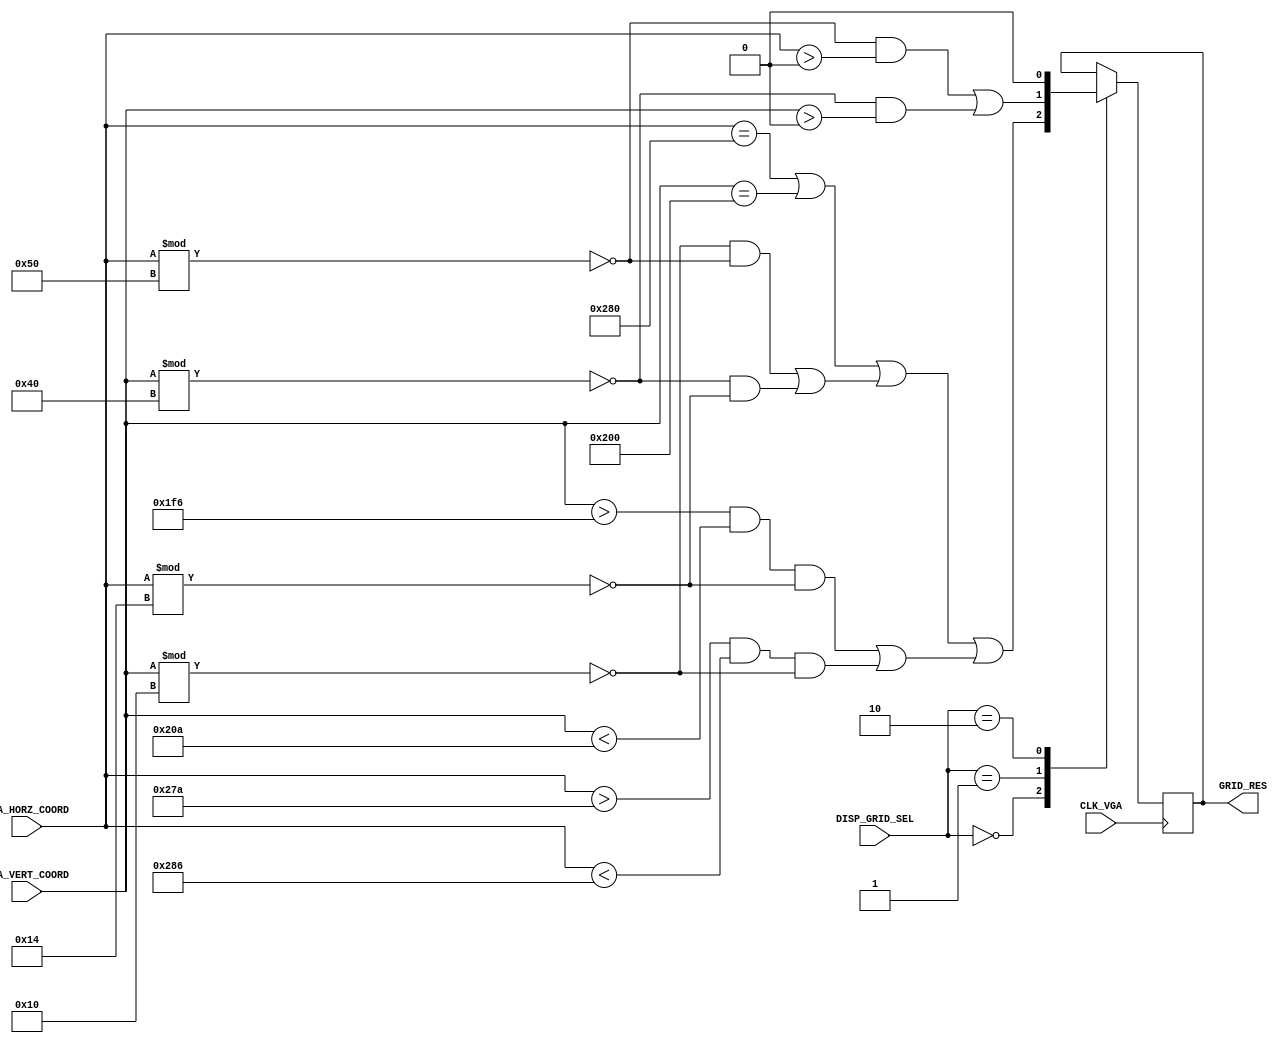
`timescale 1ns / 1ps
//////////////////////////////////////////////////////////////////////////////////
// Company: 
// Engineer: 
// 
// Design Name: 
// Module Name: Grid_Mux
// Project Name: 
// Target Devices: 
// Tool Versions: 
// Description: 
// 
// Dependencies: 
// 
// Revision:
// Revision 0.01 - File Created
// Additional Comments:
// 
//////////////////////////////////////////////////////////////////////////////////

module Grid_Mux(
    input CLK_VGA,                            
    input [11:0] VGA_HORZ_COORD,
    input [11:0] VGA_VERT_COORD,
    input [1:0] DISP_GRID_SEL,
    output reg GRID_RES = 0
    );
    
    parameter DOTS = 0;
    parameter LINE = 1;
    parameter OFF = 2;
    
    wire axes = (VGA_HORZ_COORD == 640) || (VGA_VERT_COORD == 512);
    wire dots = ((VGA_VERT_COORD % 16 == 0) && (VGA_HORZ_COORD % 80 == 0)) || 
        ((VGA_VERT_COORD % 64 == 0) && (VGA_HORZ_COORD % 20 == 0));
    wire ticks = (VGA_VERT_COORD > 502 &&  VGA_VERT_COORD < 522 && (VGA_HORZ_COORD % 20 == 0)) || 
        (VGA_HORZ_COORD > 634 && VGA_HORZ_COORD < 646 && (VGA_VERT_COORD % 16 == 0));
    wire lines = ((VGA_HORZ_COORD % 80 == 0) && (VGA_HORZ_COORD > 0)) || 
        ((VGA_VERT_COORD % 64 == 0) && (VGA_VERT_COORD > 0));
    
    wire dots_res = axes || dots || ticks;
    
    always @ (posedge CLK_VGA) begin
        case (DISP_GRID_SEL)
            DOTS: GRID_RES = dots_res;
            LINE: GRID_RES = lines;
            OFF: GRID_RES = 0;
        endcase
    end
    
endmodule